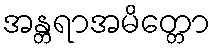
အန္တရာအမိတ္တော